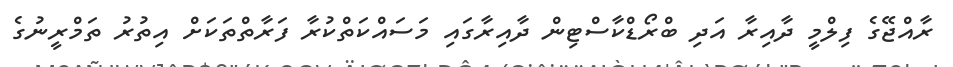
ރާއްޖޭގެ ފިލްމީ ދާއިރާ އަދި ބްރޯޑްކާސްޓިން ދާއިރާގައި މަސައްކަތްކުރާ ފަަރާތްތަކަށް އިތުރު ތަމްރީނުގެ